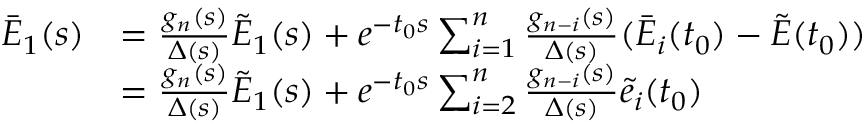
\begin{array} { r l } { { \bar { E } _ { 1 } } ( s ) } & { = \frac { { { g _ { n } } ( s ) } } { { \Delta ( s ) } } { { \tilde { E } } _ { 1 } } ( s ) + { e ^ { - { t _ { 0 } } s } } \sum _ { i = 1 } ^ { n } { \frac { { { g _ { n - i } } ( s ) } } { { \Delta ( s ) } } ( { { \bar { E } } _ { i } } ( { t _ { 0 } } ) - \tilde { E } ( { t _ { 0 } } ) ) } } \\ & { = \frac { { { g _ { n } } ( s ) } } { { \Delta ( s ) } } { { \tilde { E } } _ { 1 } } ( s ) + { e ^ { - { t _ { 0 } } s } } \sum _ { i = 2 } ^ { n } { \frac { { { g _ { n - i } } ( s ) } } { { \Delta ( s ) } } \tilde { e } _ { i } ( { t _ { 0 } } ) } } \end{array}